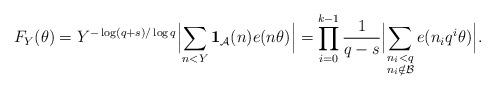
LaTeX: \begin{align*}F_Y(\theta)=Y^{-\log(q+s)/\log{q}}\Bigl|\sum_{n<Y}\mathbf{1}_\mathcal{A}(n)e(n\theta)\Bigr|=\prod_{i=0}^{k-1}\frac{1}{q-s}\Bigl|\sum_{\substack{n_i<q\\ n_i\notin\mathcal{B}}}e(n_i q^i\theta)\Bigr|.\end{align*}